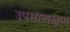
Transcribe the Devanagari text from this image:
उपमालक्षण